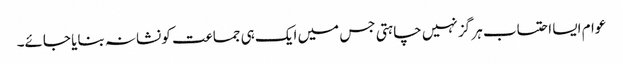
عوام ایسا احتساب ہر گز نہیں چاہتی جس میں ایک ہی جماعت کو نشانہ بنایا جائے۔